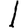
Digit: 1